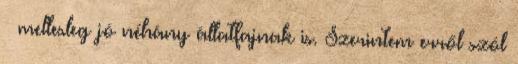
– mellesleg jó néhány állatfajnak is. Szerintem erről szól